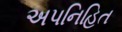
અપનિહિત